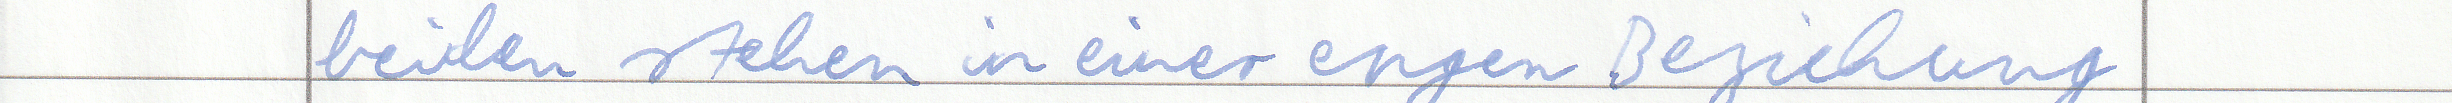
beiden stehen in einer engen Beziehung